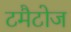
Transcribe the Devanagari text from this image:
टमैटोज